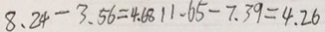
8 . 2 4 - 3 . 5 6 = 4 . 6 8 1 1 . 6 5 - 7 . 3 9 = 4 . 2 6